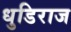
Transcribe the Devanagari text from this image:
धुडिराज